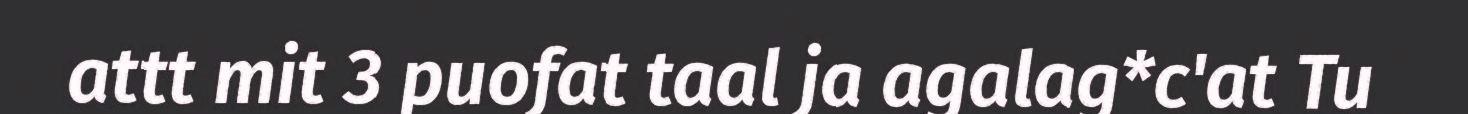
attt mit 3 puofat taal ja agalag*c'at Tu